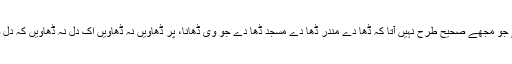
پنجابی کا شعر ہے جو مجھے صحیح طرح نہیں آتا کہ ڈھا دے مندر ڈھا دے مسجد ڈھا دے جو وی ڈھانا، پر ڈھاویں نہ ڈھاویں اک دل نہ ڈھاویں کہ دل وچ رب ہے رہیندا۔